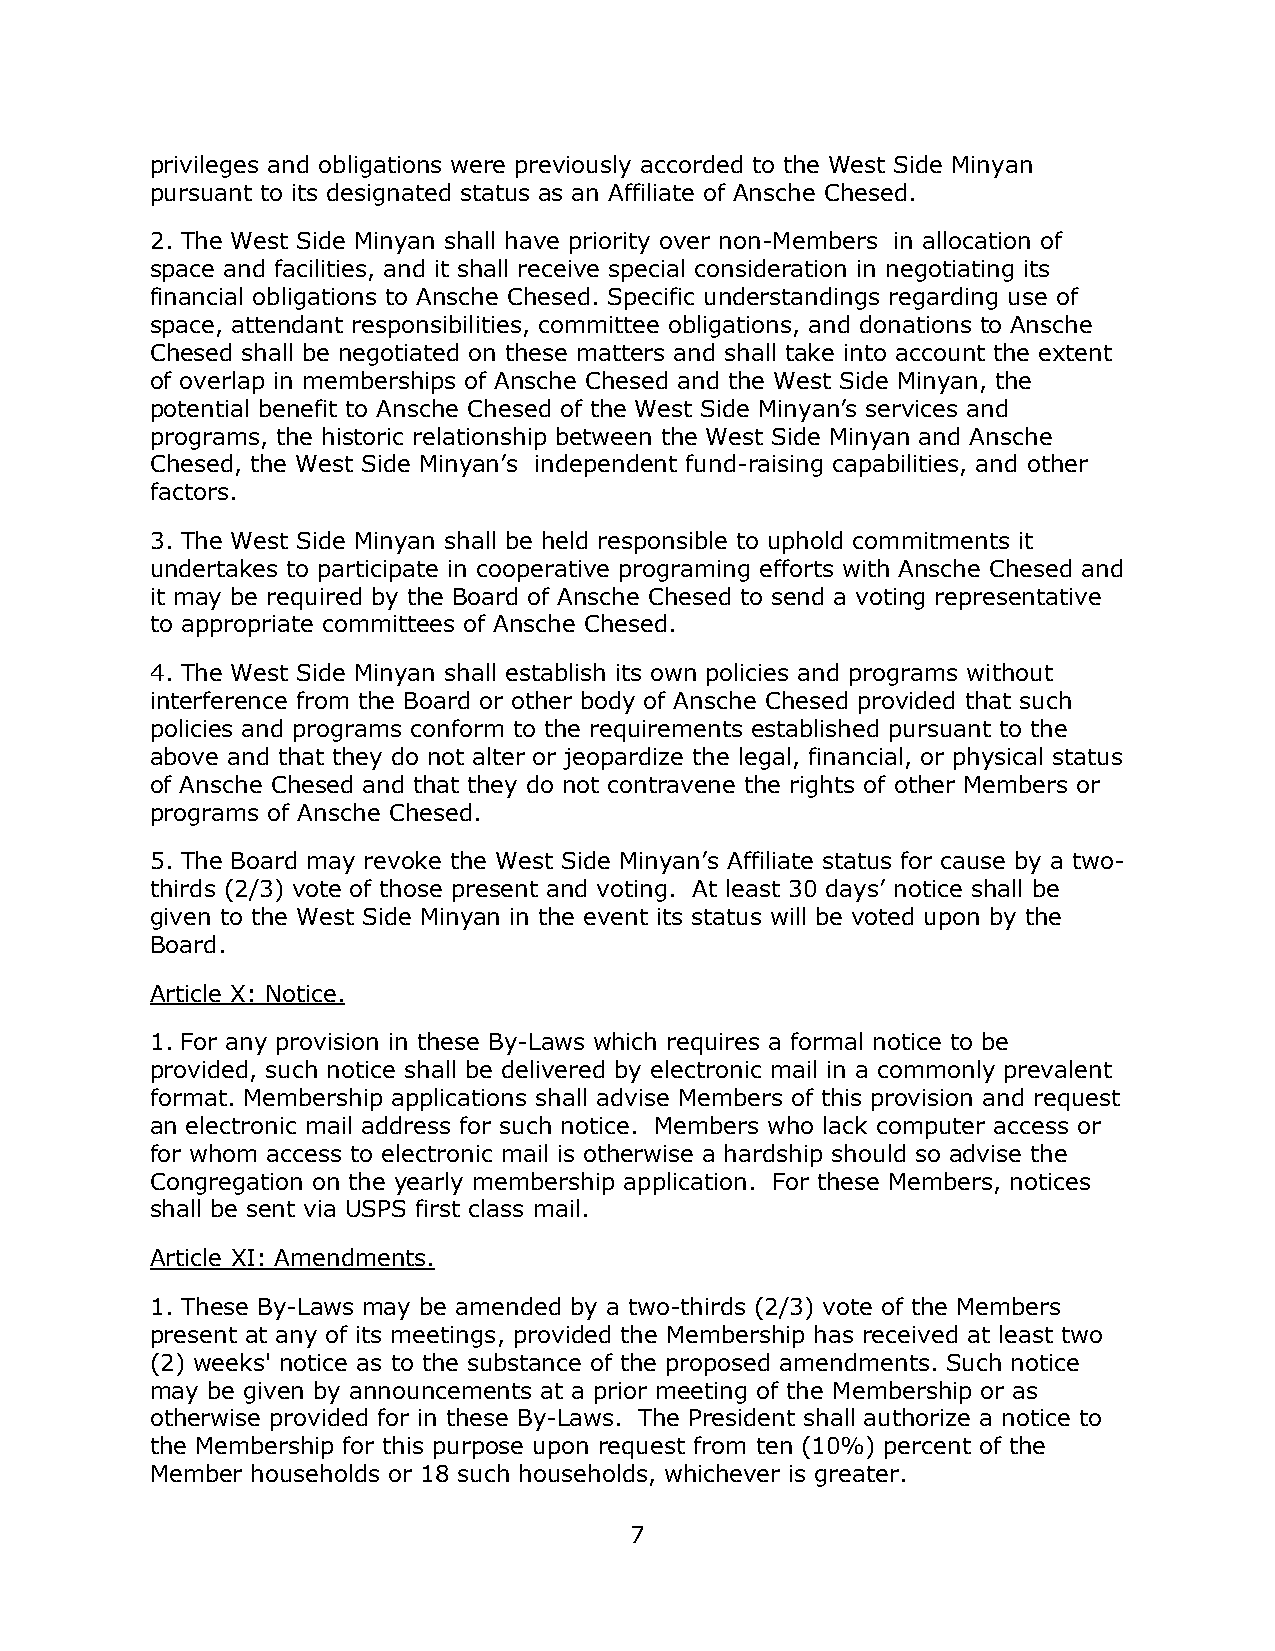
privileges and obligations were previously accorded to the West Side Minyan
 pursuant to its designated status as an Affiliate of Ansche Chesed.
 2. The West Side Minyan shall have priority over non-Members in allocation of
 space and facilities, and it shall receive special consideration in negotiating its
 financial obligations to Ansche Chesed. Specific understandings regarding use of
 space, attendant responsibilities, committee obligations, and donations to Ansche
 Chesed shall be negotiated on these matters and shall take into account the extent
 of overlap in memberships of Ansche Chesed and the West Side Minyan, the
 potential benefit to Ansche Chesed of the West Side Minyan’s services and
 programs, the historic relationship between the West Side Minyan and Ansche
 Chesed, the West Side Minyan’s independent fund-raising capabilities, and other
 factors.
 3. The West Side Minyan shall be held responsible to uphold commitments it
 undertakes to participate in cooperative programing efforts with Ansche Chesed and
 it may be required by the Board of Ansche Chesed to send a voting representative
 to appropriate committees of Ansche Chesed.
 4. The West Side Minyan shall establish its own policies and programs without
 interference from the Board or other body of Ansche Chesed provided that such
 policies and programs conform to the requirements established pursuant to the
 above and that they do not alter or jeopardize the legal, financial, or physical status
 of Ansche Chesed and that they do not contravene the rights of other Members or
 programs of Ansche Chesed.
 5. The Board may revoke the West Side Minyan’s Affiliate status for cause by a two-
 thirds (2/3) vote of those present and voting. At least 30 days’ notice shall be
 given to the West Side Minyan in the event its status will be voted upon by the
 Board.
 Article X: Notice.
 1. For any provision in these By-Laws which requires a formal notice to be
 provided, such notice shall be delivered by electronic mail in a commonly prevalent
 format. Membership applications shall advise Members of this provision and request
 an electronic mail address for such notice. Members who lack computer access or
 for whom access to electronic mail is otherwise a hardship should so advise the
 Congregation on the yearly membership application. For these Members, notices
 shall be sent via USPS first class mail.
 Article XI: Amendments.
 1. These By-Laws may be amended by a two-thirds (2/3) vote of the Members
 present at any of its meetings, provided the Membership has received at least two
 (2) weeks' notice as to the substance of the proposed amendments. Such notice
 may be given by announcements at a prior meeting of the Membership or as
 otherwise provided for in these By-Laws. The President shall authorize a notice to
 the Membership for this purpose upon request from ten (10%) percent of the
 Member households or 18 such households, whichever is greater.
 7